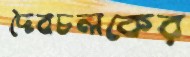
দৈবচলকের